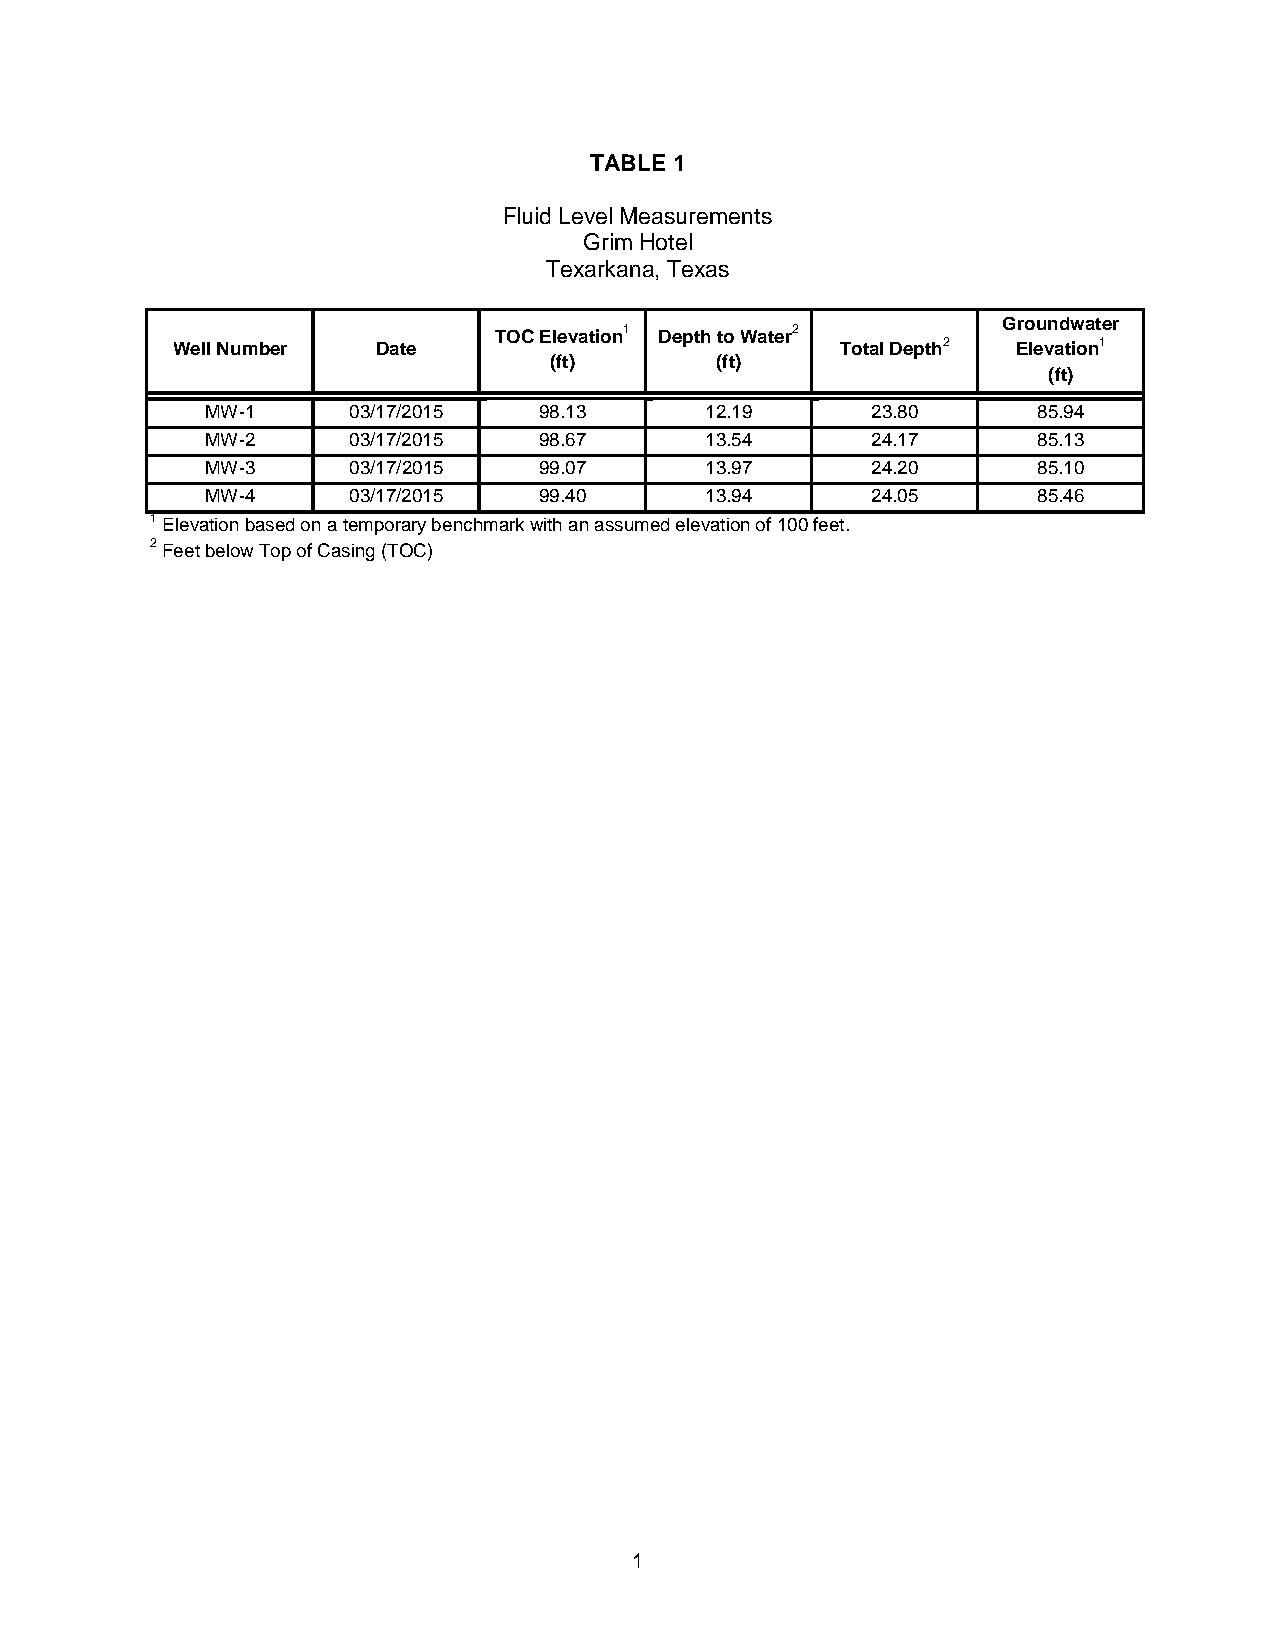
TABLE 1
 Fluid Level Measurements
 Grim Hotel
 Texarkana, Texas
 Groundwater
 TOC Elevation1 Depth to Water2
 Well Number   Date                           Total Depth2 Elevation1
 (ft)       (ft)
 (ft)
 MW-1     03/17/2015   98.13      12.19      23.80      85.94
 MW-2     03/17/2015   98.67      13.54      24.17      85.13
 MW-3     03/17/2015   99.07      13.97      24.20      85.10
 MW-4     03/17/2015   99.40      13.94      24.05      85.46
 1 Elevation based on a temporary benchmark with an assumed elevation of 100 feet.
 2 Feet below Top of Casing (TOC)
 1